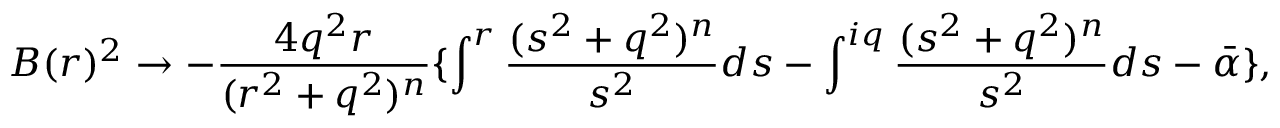
B ( r ) ^ { 2 } \rightarrow - \frac { 4 q ^ { 2 } r } { ( r ^ { 2 } + q ^ { 2 } ) ^ { n } } \lbrace \int ^ { r } \frac { ( s ^ { 2 } + q ^ { 2 } ) ^ { n } } { s ^ { 2 } } d s - \int ^ { i q } \frac { ( s ^ { 2 } + q ^ { 2 } ) ^ { n } } { s ^ { 2 } } d s - \bar { \alpha } \rbrace ,